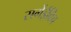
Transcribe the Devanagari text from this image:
सर्गेईविच